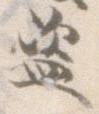
盗